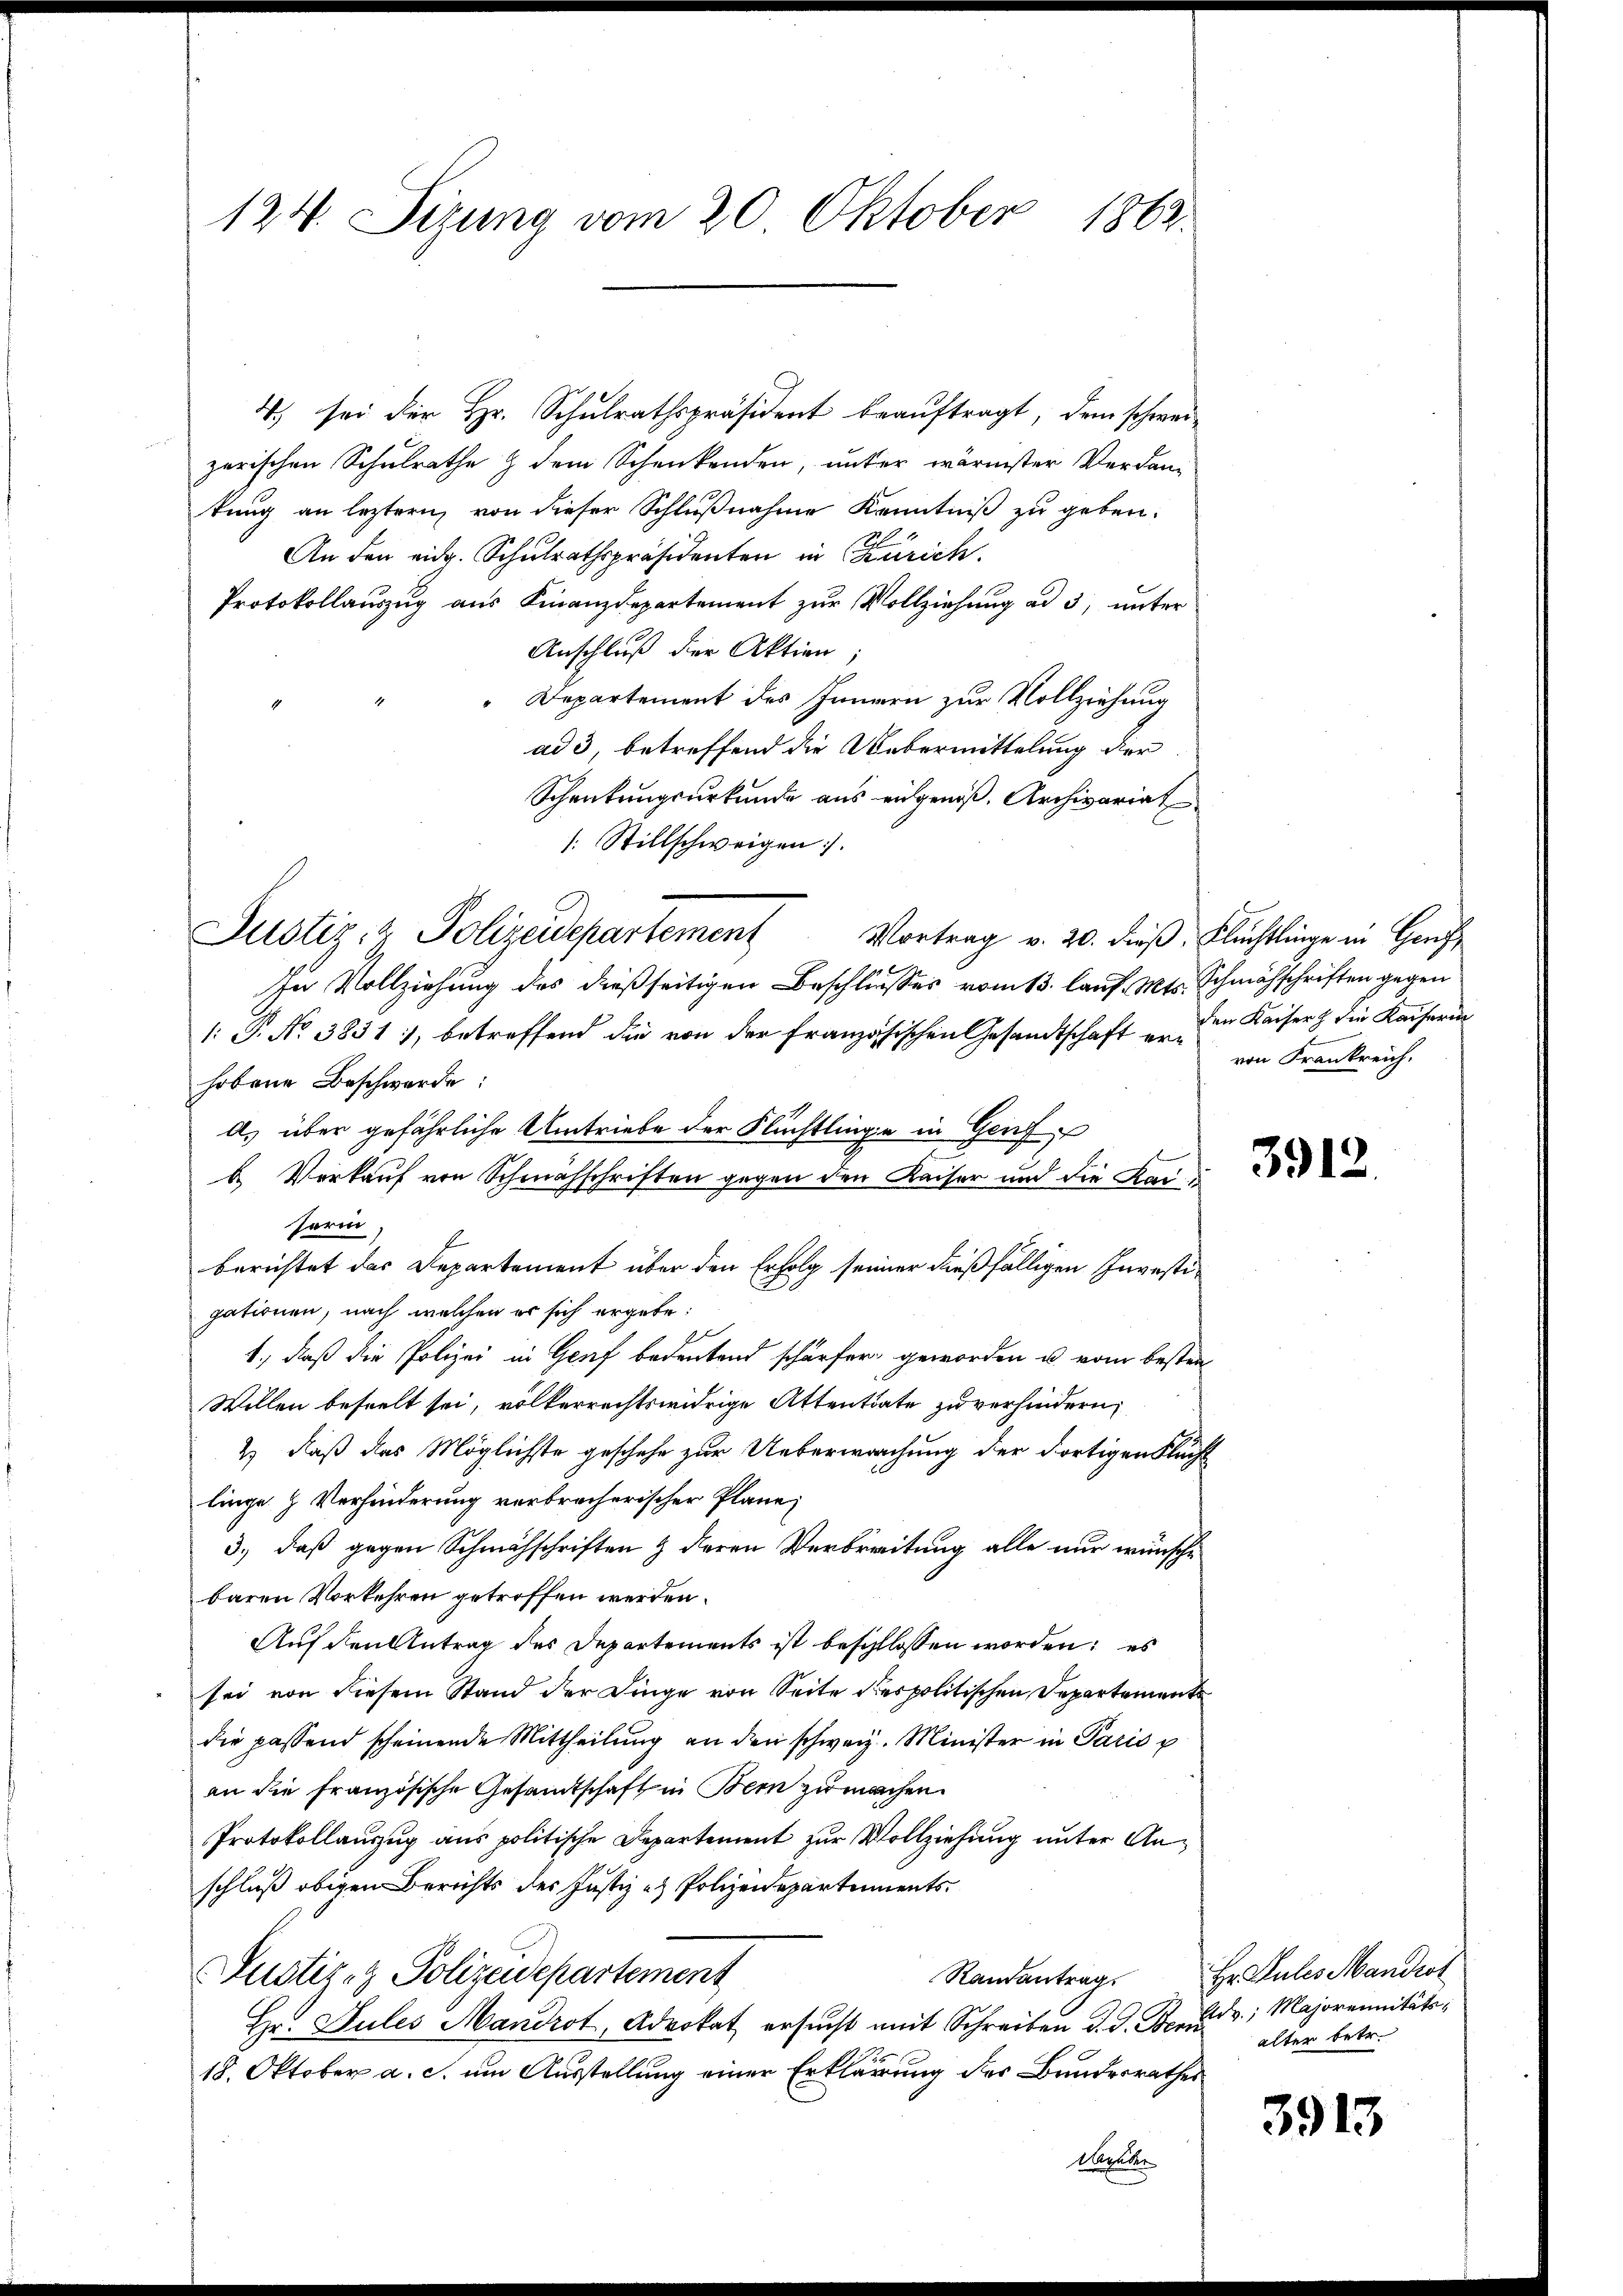
124. Sizung vom 20. Oktober 1863.

4) sei der Hr. Schulrathspräsident beauftragt, dem schweizerischen Schulrathe & dem Schenkenden, unter wärmster Verdantung an leztern, von dieser Schlußnahme Kenntniß zu geben.
An den eidg. Schulrathspräsidenten in Zürich.
Protokollauszug aus Finanzdepartement zur Vollziehung ad 3, unter
Anschluß der Aktien
Departement des Innern zur Vollziehung
ad 3, betreffend die Uebermittelung der
Schreitungsurkunde aus eingenoß. Archivariat
: Stillschweigen.
Justiz- & Polizeidepartement Vortrag v. 20. dieß. Flüchtlinge in Ger
In Vollziehung des dießseitigen Beschliesses vom 13. lauf. Mts. Schmähschriften gegen
: P. No 3831), betreffend die von der französischen Gesandtschaft er den Kaiser die Kaiserun
hobene Beschwerde:
A. über gefährliche Umtriebe der Flüchtlinge in Genf
b. Verkauf von Schwachschriften gegen den Kaiser und die Bausorin
berichtet das Departement über den Erfolg seiner dießfälligen Investigationen, nach welchen er sich ergebe:
1., daß die Polizei in Genf bedeutend schärfer geworden u. vom besten-
Willen beseelt sei, volkerrechtswidrige Attentiate zu verhindern,
2) daß das Möglichste geschehe zur Ueberwachung der dortigen Flucht
linge & Verhinderung verbrecherischer Plane;
3.) daß gegen Schmähschriften & deren Verbreitung alle nur wünsche
baren Vorkehren getroffen werden.
Auf den Antrag des Departements ist beschlossen worden; es
sei von diesem Stand der Dinge von Seite des politischen Departement
die passend scheinende Mittheilung an den schweiz. Minister in Paris p
an die französische Gesamtschaft in Bern zu machen.
Protokollauszug aus politische Departement zur Vollziehung unter Anschluß obigen Berichts des Justiz - Polizeidepartements
Justiz- & Polizeidepartement
Hr. Pules Mandrot, Advokat ersucht mit Schreiben d. J. Beri
18. Oktober a. c. um Ausstellung einer Erklärung des Bundesrathes
Nachde

von Frankreich.

3912.

Randantrag. Hr. Pules Mandrot
Edr.; Majorennitäts-
alter betr.

3913